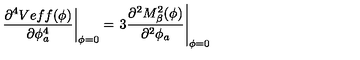
\left. \frac { \partial ^ { 4 } V e f f ( \phi ) } { \partial \phi _ { a } ^ { 4 } } \right| _ { \phi = 0 } = \left. 3 \frac { \partial ^ { 2 } M _ { \beta } ^ { 2 } ( \phi ) } { \partial ^ { 2 } \phi _ { a } } \right| _ { \phi = 0 }